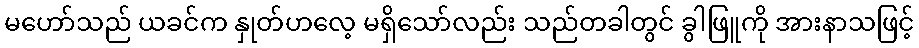
မဟော်သည် ယခင်က နှုတ်ဟလေ့ မရှိသော်လည်း သည်တခါတွင် ခွါဖြူကို အားနာသဖြင့်